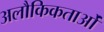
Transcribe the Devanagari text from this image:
अलौकिकताओं